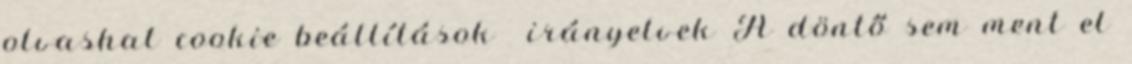
olvashat cookie beállítások irányelvek A döntő sem ment el